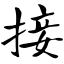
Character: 接